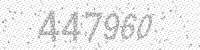
Solution: 447960